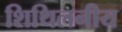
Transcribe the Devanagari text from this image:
शिथिलनीय